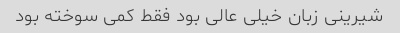
شیرینی زبان خیلی عالی بود فقط کمی سوخته بود